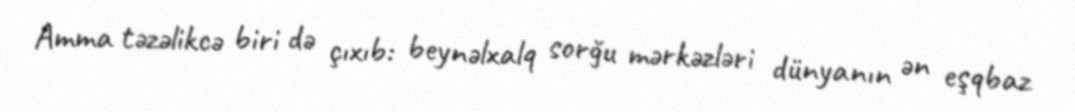
Amma təzəlikcə biri də çıxıb: beynəlxalq sorğu mərkəzləri dünyanın ən eşqbaz